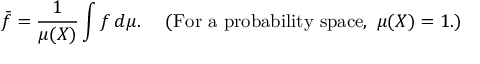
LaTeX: { \bar { f } } = { \frac { 1 } { \mu ( X ) } } \int f \, d \mu . \quad { \mathrm { ~ ( F o r ~ a ~ p r o b a b i l i t y ~ s p a c e , ~ } } \mu ( X ) = 1 . )